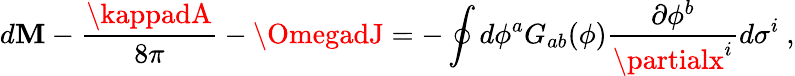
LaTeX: d\mathbf{M}-{\frac{{\kappadA}}{{8\pi}}}-\OmegadJ=-\oint{d\phi^{a}G_{ab}(\phi){\frac{{\partial\phi^{b}}}{{\partialx^{i}}}}d\sigma^{i}}\ ,